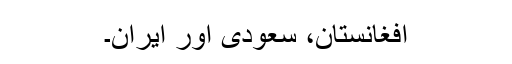
افغانستان، سعودی اور ایران۔